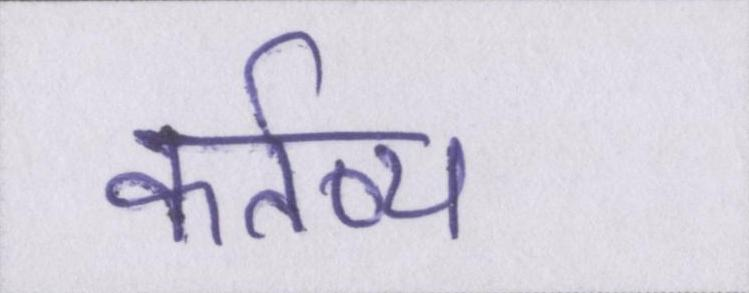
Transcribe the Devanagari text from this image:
कर्तव्य